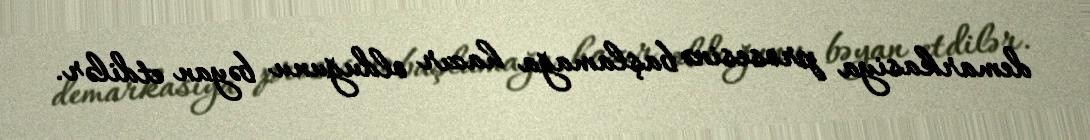
demarkasiya prosesinə başlamağa hazır olduğunu bəyan etdilər.